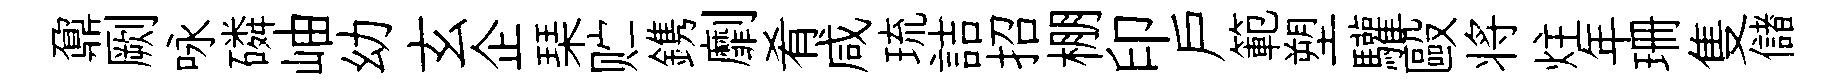
鼐劂咏磷岫幼玄企琹贮鎸劘肴咸琉詰招棚印戸範塑驩毆将炷年珊隻儲